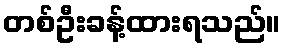
တစ်ဦးခန့်ထားရသည်။